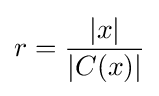
r={\frac {|x|}{|C(x)|}}